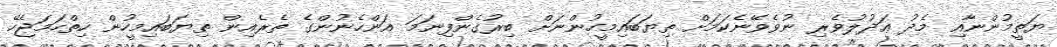
ޔަތީމުންނާއި މެދު ޢަދުލުވެރި ނުވެވޭނެކަމަށް ތިޔަބައިމީހުންނަށް ބިރުގެންފިނަމަ އަންހެނުންގެ ތެރެއިން ތިޔަބައިމީހުން ހިތްހަމަޖެހޭ